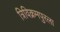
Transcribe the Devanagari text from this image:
त्रिविक्रमपुरला